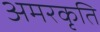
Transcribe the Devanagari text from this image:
अमरकृति